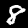
Digit: 8